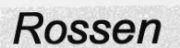
Rossen